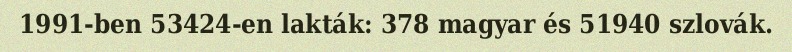
1991-ben 53424-en lakták: 378 magyar és 51940 szlovák.